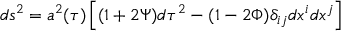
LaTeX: d s ^ { 2 } = a ^ { 2 } ( \tau ) \left[ ( 1 + 2 \Psi ) d \tau ^ { 2 } - ( 1 - 2 \Phi ) \delta _ { i j } d x ^ { i } d x ^ { j } \right]